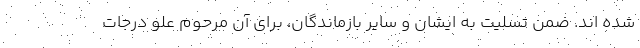
شده اند. ضمن تسلیت به ایشان و سایر بازماندگان، برای آن مرحوم علو درجات